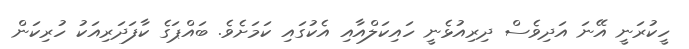
ހީކުރަނީ އޭނަ އަދިވެސް ދިރިއުޅެނީ ހައިކަލްއާއި އެކުގައި ކަމަށެވެ. ބައްޕަގެ ކާފަދަރިއަކު ހުރިކަން